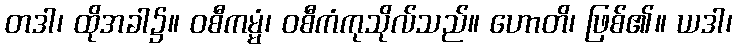
တဒါ၊ ထိုအခါ၌။ ဝစီကမ္မံ၊ ဝစီကံကုသိုလ်သည်။ ဟောတိ၊ ဖြစ်၏။ ယဒါ၊